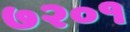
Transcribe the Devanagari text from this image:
७२०१